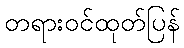
တရားဝင်ထုတ်ပြန်